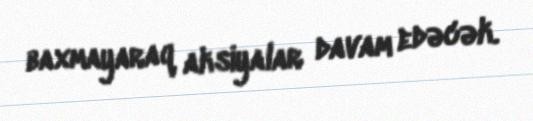
baxmayaraq aksiyalar davam edəcək.